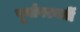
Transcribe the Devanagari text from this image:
पूर्वापरवर्ती